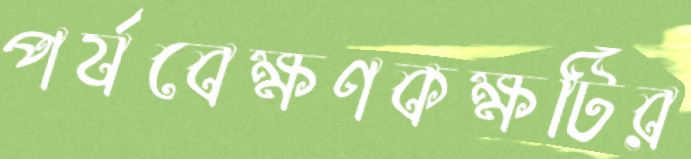
পর্যবেক্ষণকক্ষটির